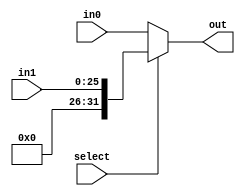
`timescale 1ns / 1ps
// A mux to work with 64-bit inputs
module mux32bit(in0, in1, select, out);
    input wire select; 
    input wire [31:0] in0;
    input wire [25:0] in1;
    output reg[31:0] out;

    always @(*)
    begin
        if(select == 0)
        begin
            out <= in0;
        end
        else begin
            out <= {{6{1'b0}},in1};
        end
    end

endmodule